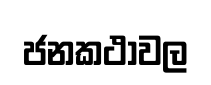
ජනකථාවල